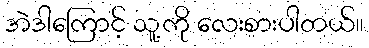
အဲဒါကြောင့် သူ့ကို လေးစားပါတယ်။